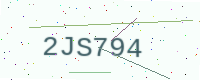
Text: 2JS794